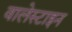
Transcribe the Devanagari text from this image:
वालेस्टाइन